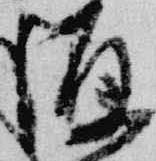
源